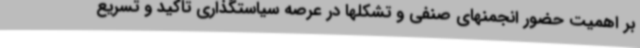
بر اهمیت حضور انجمنهای صنفی و تشکلها در عرصه سیاستگذاری تاکید و تسریع